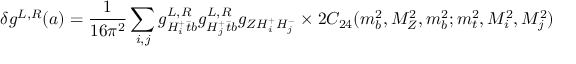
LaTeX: \delta g ^ { L , R } ( a ) = \frac { 1 } { 1 6 \pi ^ { 2 } } \sum _ { i , j } g _ { H _ { i } ^ { + } \bar { t } b } ^ { L , R } g _ { H _ { j } ^ { + } \bar { t } b } ^ { L , R } g _ { Z H _ { i } ^ { + } H _ { j } ^ { - } } \times 2 C _ { 2 4 } ( m _ { b } ^ { 2 } , M _ { Z } ^ { 2 } , m _ { b } ^ { 2 } ; m _ { t } ^ { 2 } , M _ { i } ^ { 2 } , M _ { j } ^ { 2 } )